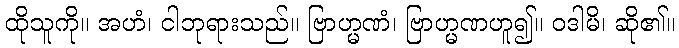
ထိုသူကို။ အဟံ၊ ငါဘုရားသည်။ ဗြာဟ္မဏံ၊ ဗြာဟ္မဏဟူ၍။ ဝဒါမိ၊ ဆို၏။